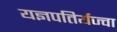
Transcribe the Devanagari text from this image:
यज्ञपतिर्यज्वा